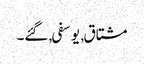
مشتاق, یوسفی, گئے۔